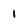
Character: 1